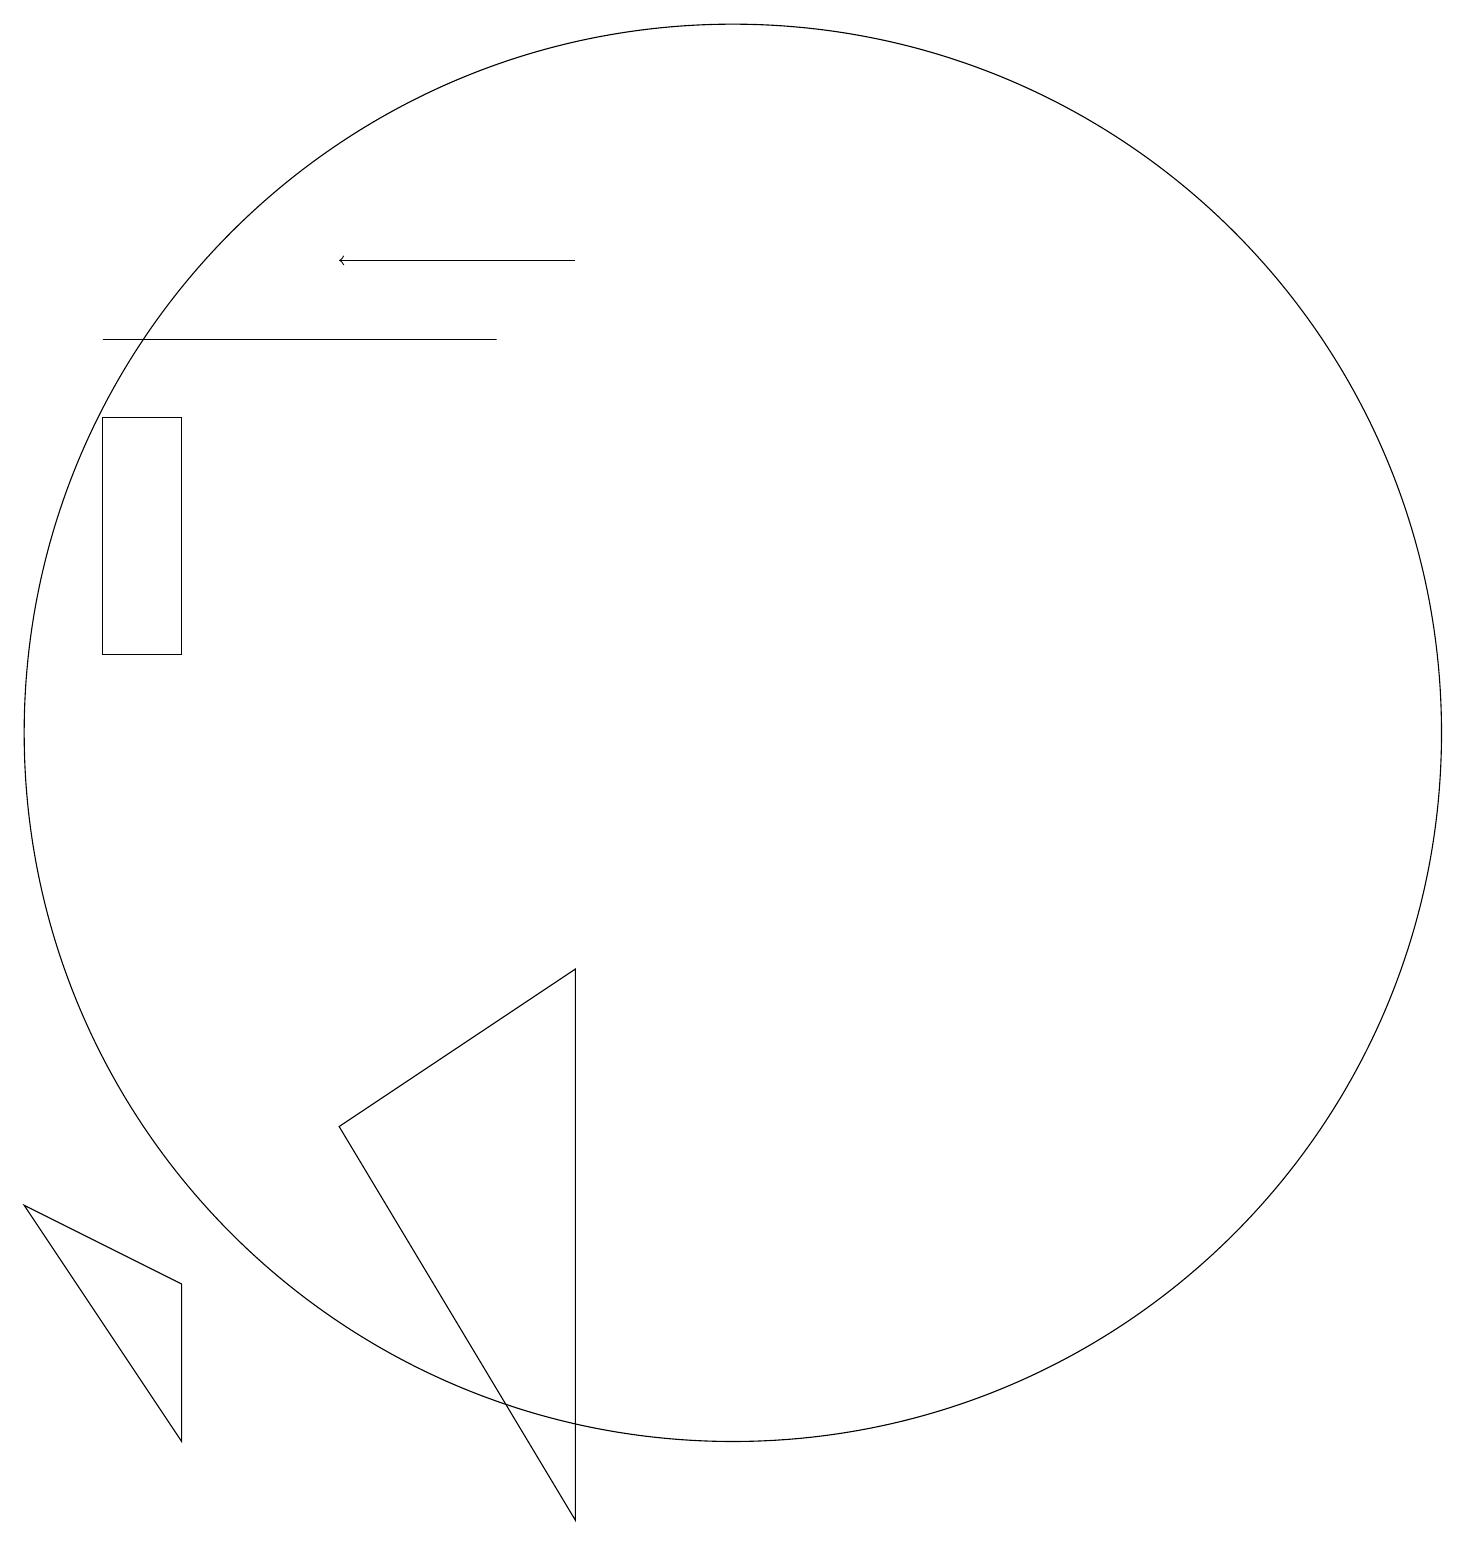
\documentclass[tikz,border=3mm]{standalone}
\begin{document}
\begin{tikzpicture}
\draw (9,1) -- (9,8) -- (6,6) -- cycle;
\draw (3,16) rectangle (8,16);
\draw (4,2) -- (4,4) -- (2,5) -- cycle;
\draw (4,12) rectangle (3,15);
\draw[->] (9,17) -- (6,17);
\draw (11,11) circle (9);
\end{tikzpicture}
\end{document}